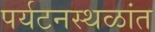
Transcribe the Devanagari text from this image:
पर्यटनस्थळांत